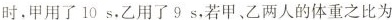
时，甲用了10s，乙用了9s，若甲、乙两人的体重之比为